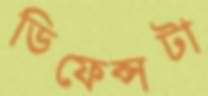
ডিফেন্সটা